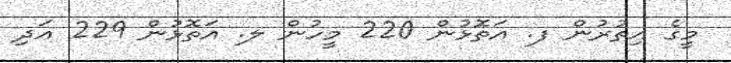
މީގެ އިތުރުން ފ. އަތޮޅުން 220 މީހުން ލ. އަތޮޅުން 229 އަދި